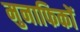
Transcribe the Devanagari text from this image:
मुनाफिकों